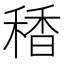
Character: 䅨